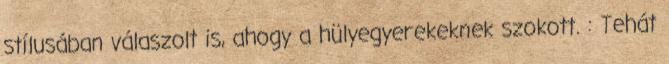
stílusában válaszolt is, ahogy a hülyegyerekeknek szokott. : Tehát